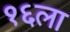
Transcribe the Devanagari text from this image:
१६ला